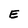
Character: E